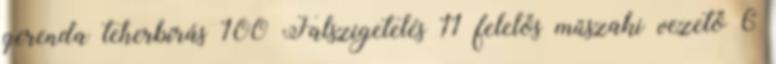
gerenda teherbírás 100 Falszigetelés 11 felelős műszaki vezető 6